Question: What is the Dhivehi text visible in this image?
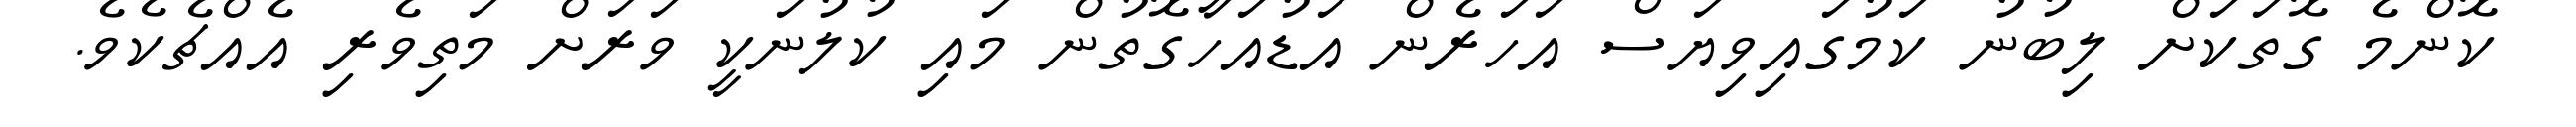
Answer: ކޮންމެ ގޮތަކަށް ލިބުނު ކަމުގައިވިޔަސް އަހަރެން އަޑުއަހާގޮތުން މައި ކުލުނަކީ ވަރަށް މަތިވެރި އެއްޗެކެވެ.